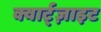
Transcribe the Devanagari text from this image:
क्वार्ट्‌ज़ाइट